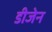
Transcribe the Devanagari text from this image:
डीजेन